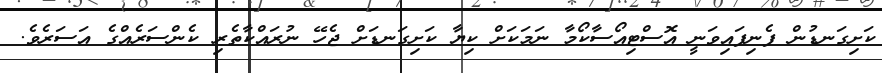
ކަށިގަނޑުން ފެނިފައިވަނީ އޮސްޓިއޯސާކޯމާ ނަމަކަށް ކިޔާ ކަށިގަނޑަށް ޖެހޭ ނުރައްކާތެރި ކެންސަރެއްގެ އަސަރެވެ.